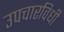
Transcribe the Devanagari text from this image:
उपचारविधी